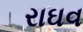
રાઘવ